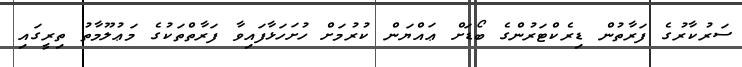
ސަރުކާރުގެ ފަރާތުން ޑިރެކްޓަރުންގެ ބޯޑަށް ޢައްޔަން ކުރުމަށް ހުށަހަޅާފައިވާ ފަރާތްތަކުގެ މަޢުލޫމާތު ތިރީގައި